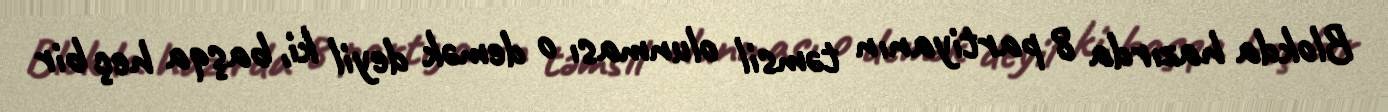
Blokda hazırda 8 partiyanın təmsil olunması o demək deyil ki, başqa heç bir